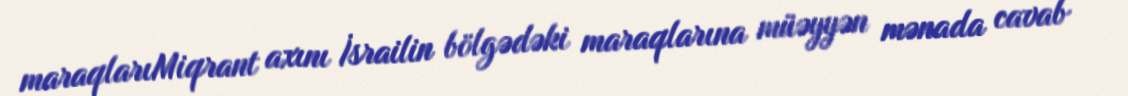
maraqlarıMiqrant axını İsrailin bölgədəki maraqlarına müəyyən mənada cavab